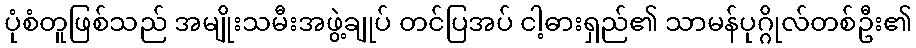
ပုံစံတူဖြစ်သည် အမျိုးသမီးအဖွဲ့ချုပ် တင်ပြအပ် ငါ့ဓားရှည်၏ သာမန်ပုဂ္ဂိုလ်တစ်ဦး၏